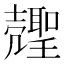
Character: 𰋍